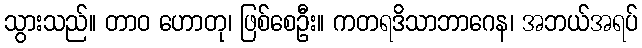
သွားသည်။ တာဝ ဟောတု၊ ဖြစ်စေဦး။ ကတရဒိသာဘာဂေန၊ အဘယ်အရပ်